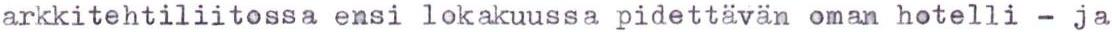
arkkitehtiliitossa ensi lokakuussa pidettävän oman hotelli - ja